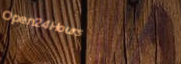
Open24Hours